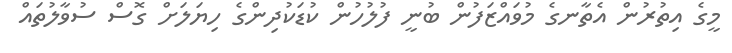
މީގެ އިތުރުން އެތާނގެ މުވައްޒަފުން ބުނީ ފުލުހުން ކުޑަކުދިންގެ ހިޔަލަށް ގޮސް ސުވާލުތައް